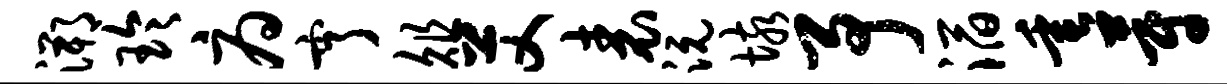
溯玲府亨俎艾表沅垓予滔垂蔚